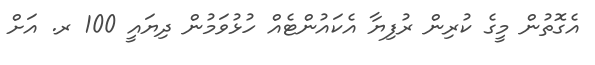
އެގޮތުން މީގެ ކުރިން ރުފިޔާ އެކައުންޓެއް ހުޅުވަމުން ދިޔައީ 100 ރ. އަށް